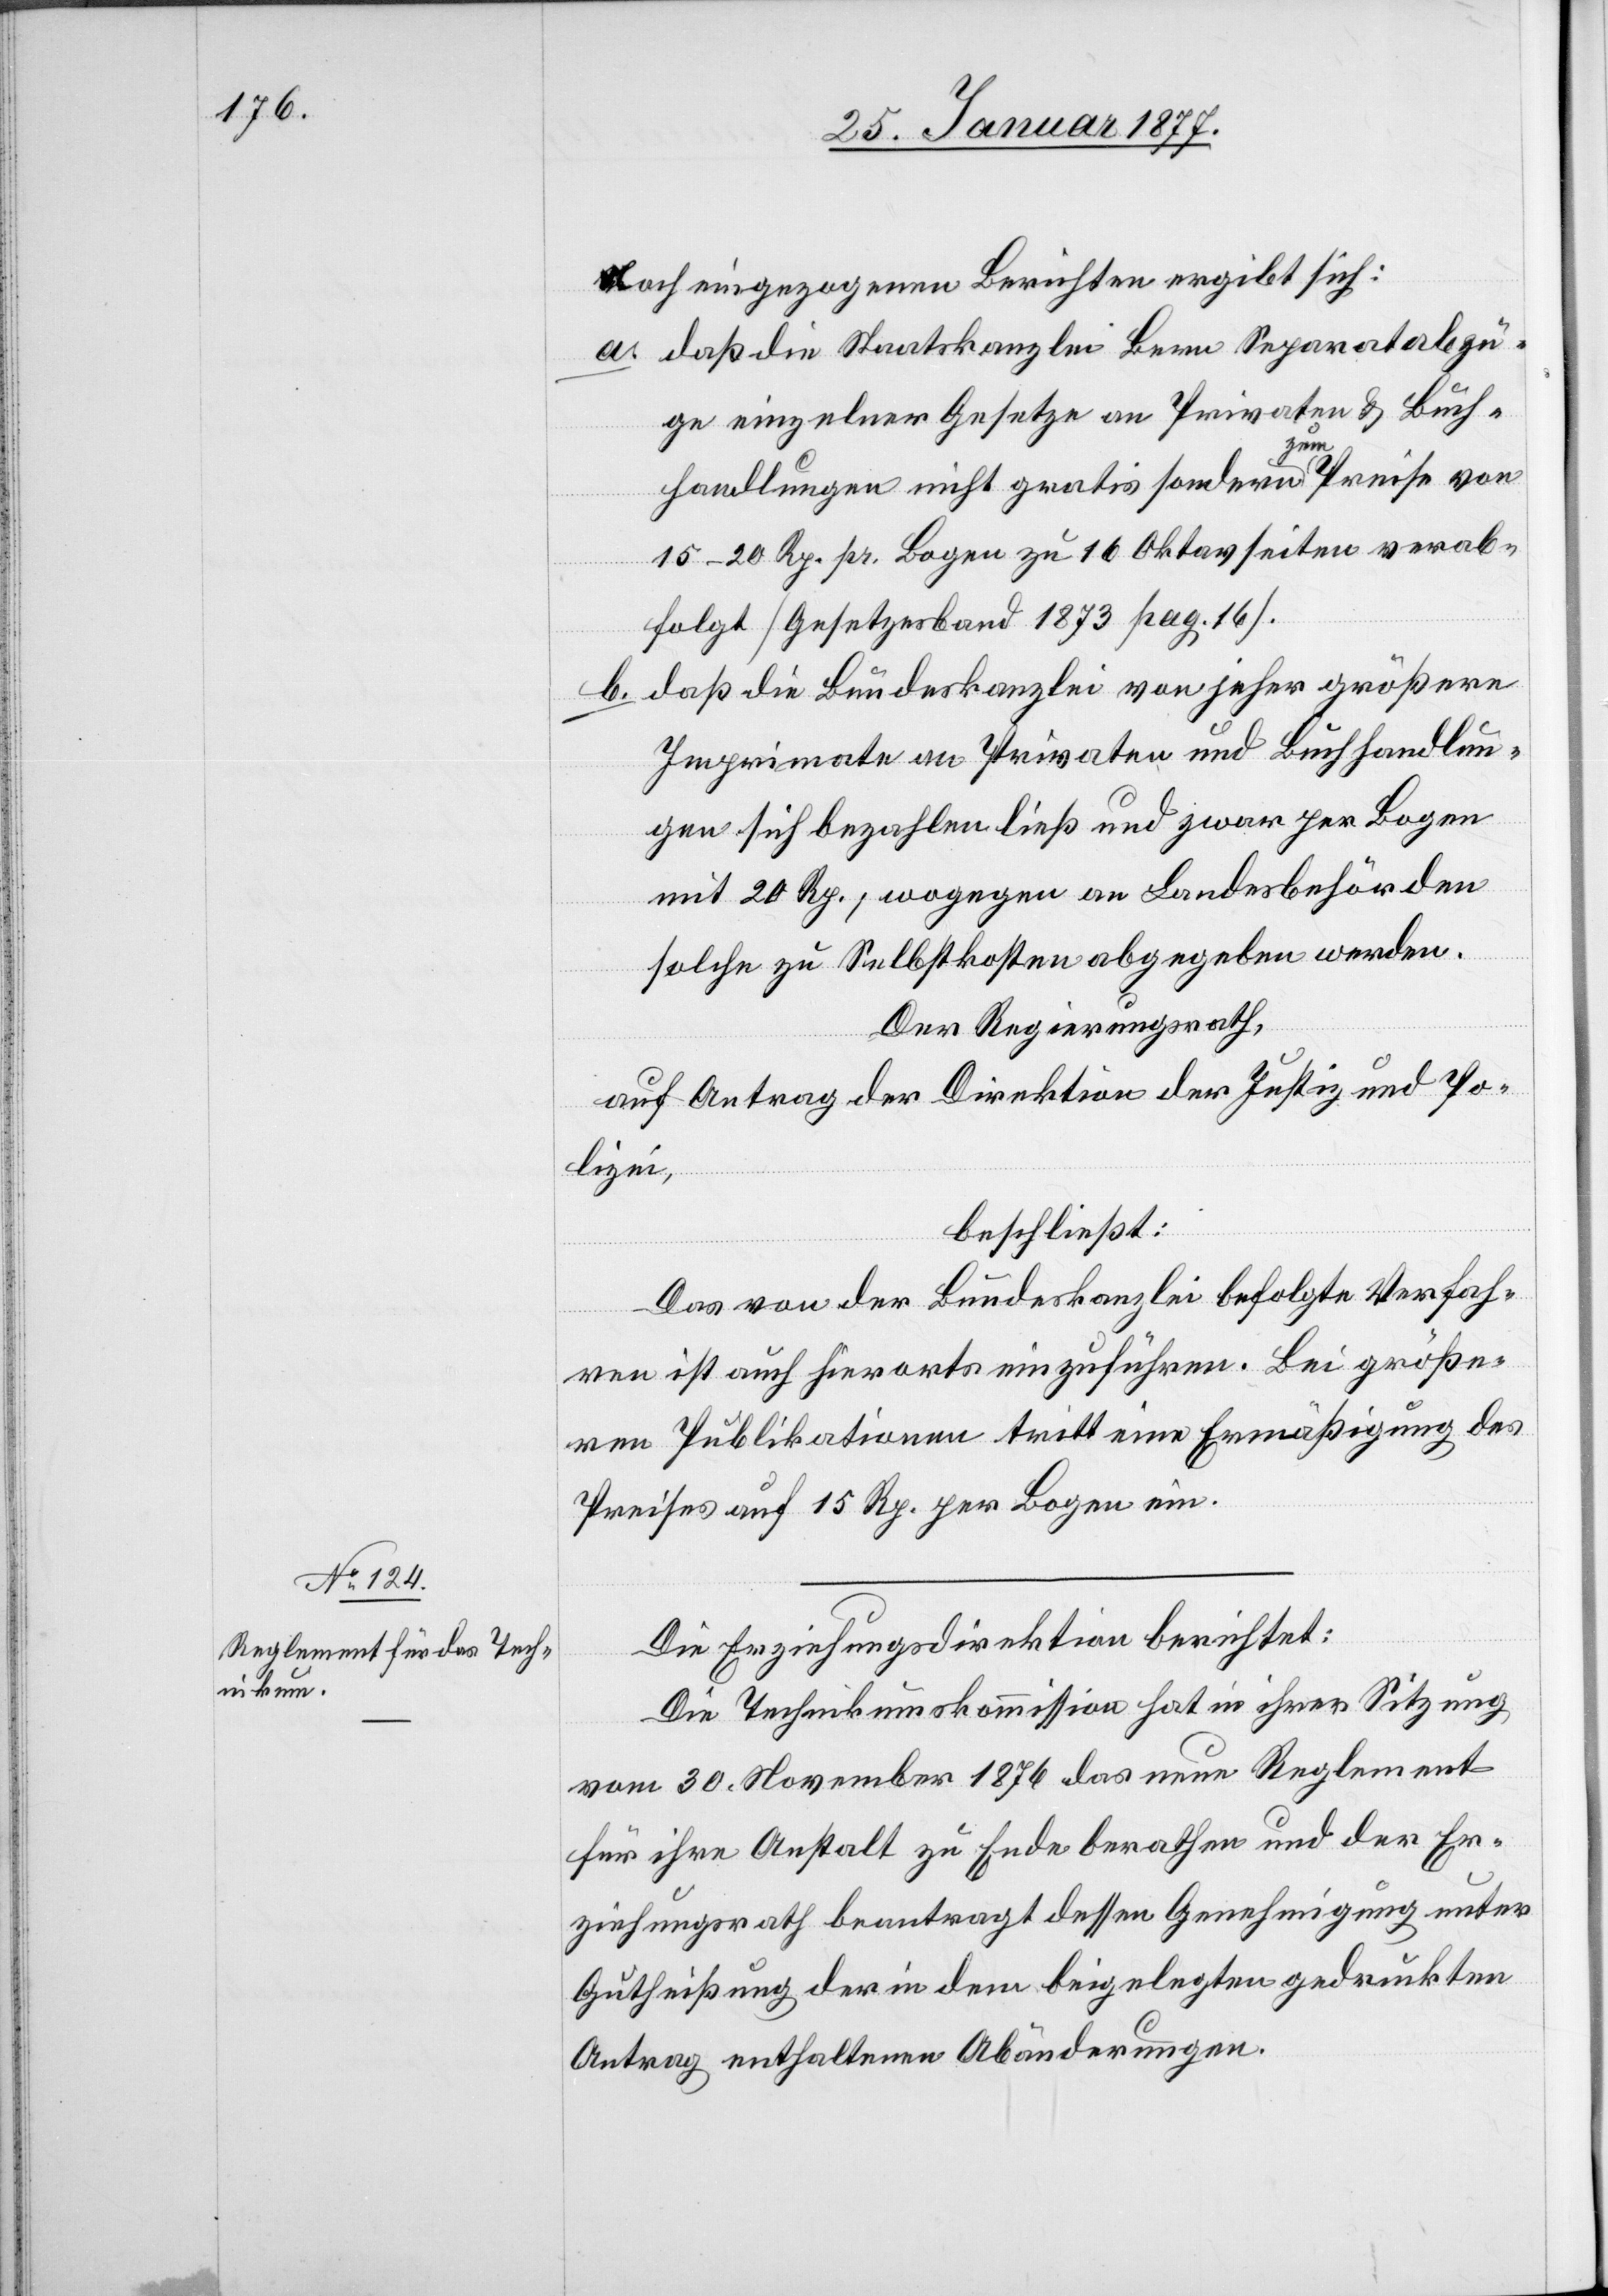
Nach eingegangenen Berichten ergibt sich:
a. daß die Staatskanzlei Bern Separatabzü¬
ge einzelner Gesetze an Privaten & Buch¬
handlungen nicht gratis sondern zum Preise von
15–20 Rp. pr. Bogen zu 16 Oktavseiten ver¬
folgt [Gesetzesband 1873 pag. 16].
b. daß die Bundeskanzlei von jeher größere
Imprimate an Privaten und Buchhandlun¬
gen sich bezahlen ließ und zwar per Bogen
mit 20 Rp., wogegen an Landesbehörden
solche zu Selbstkosten abgegeben werden.
Der Regierungsrath,
auf Antrag der Direktion der Justiz- und Po¬
lizei,
beschließt:
Das von der Bundeskanzlei befolgte Verfah¬
ren ist auch hierorts einzuführen. Bei größe¬
ren Publikationen tritt eine Ermäßigung des
Preises auf 15 Rp. per Bogen ein.
Die Erziehungsdirektion berichtet:
Die Technikumskommission hat in ihrer Sitzung
vom 30. November 1876 das neue Reglement
für ihre Anstalt zu Ende berathen und der Er¬
ziehungsrath beantragt dessen Genehmigung unter
Gutheißung der in dem beigelegten gedruckten
Antrag enthaltenen Abänderungen.